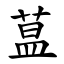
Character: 蒀